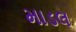
માડલ